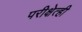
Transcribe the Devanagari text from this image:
परीक्षेत्ही